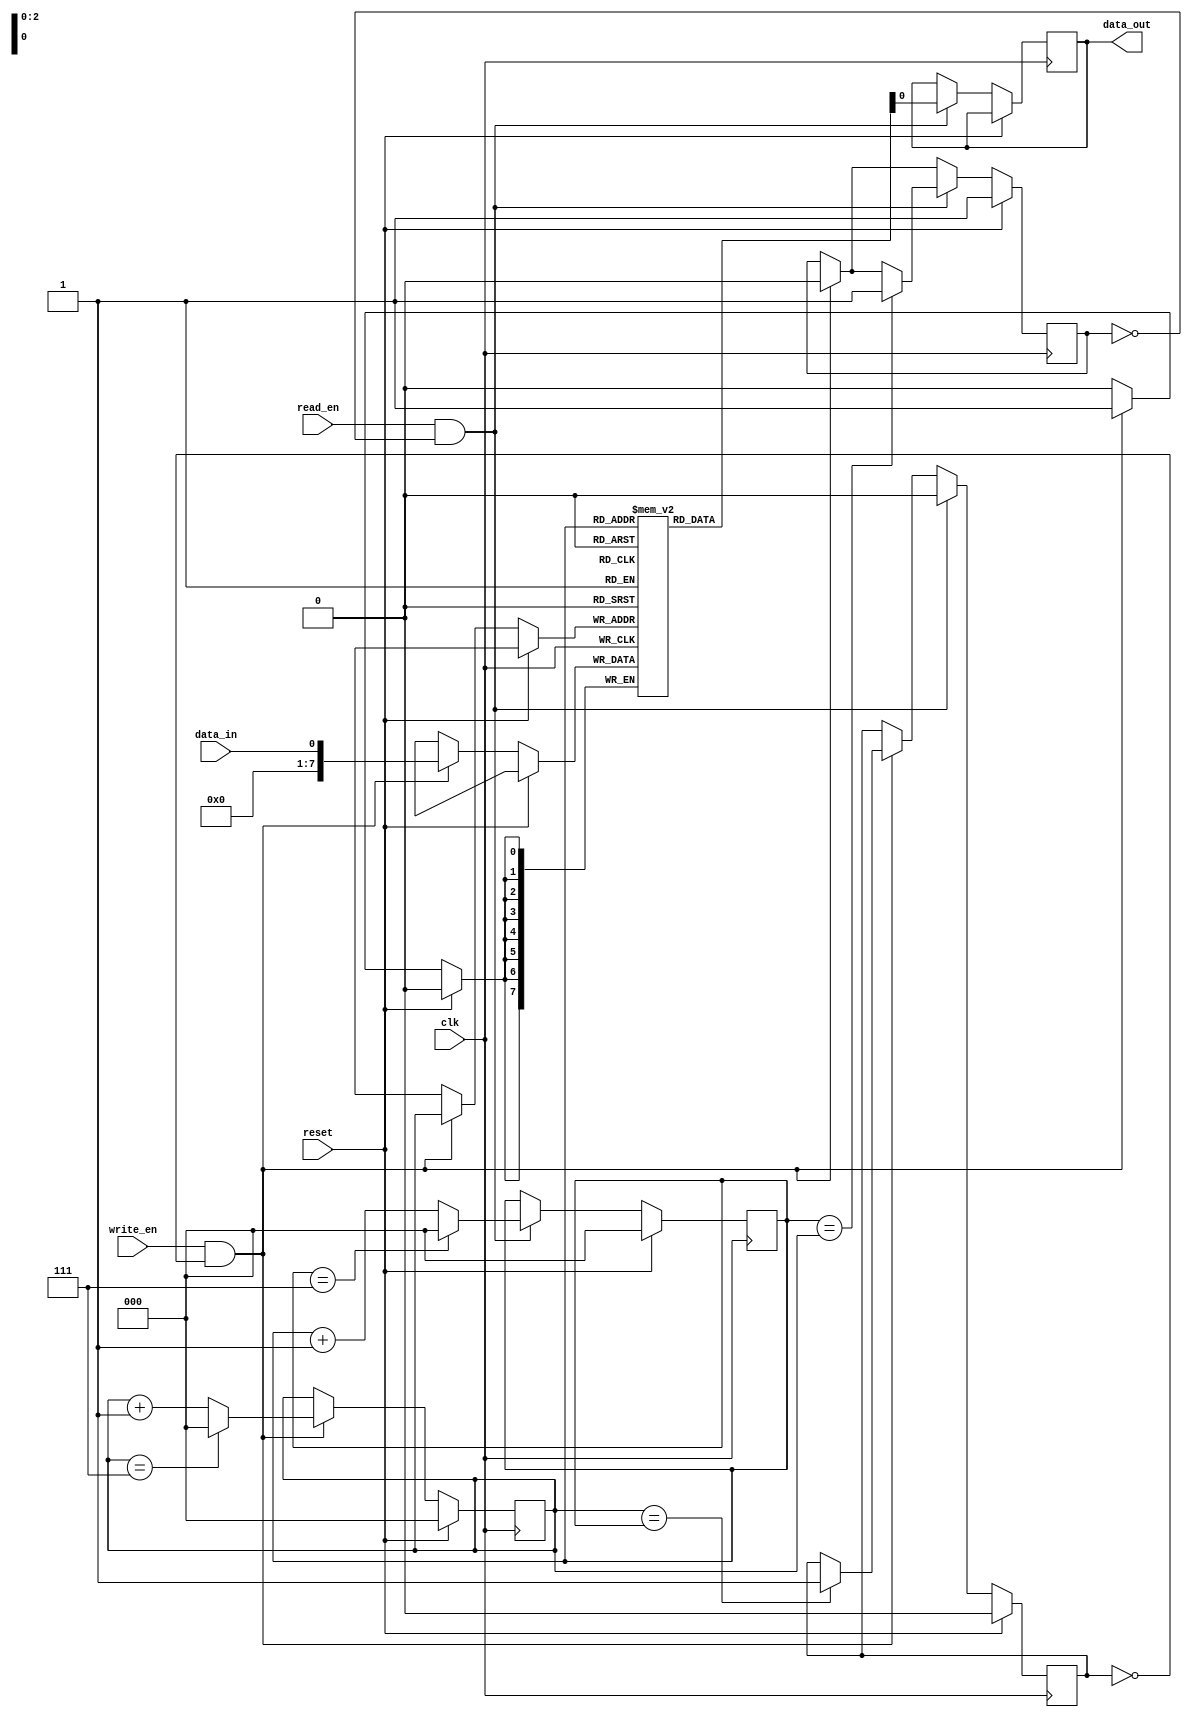
module Circular_FIFO (
    input clk,
    input reset,
    input write_en,
    input read_en,
    input data_in,
    output reg data_out
);

parameter SIZE = 8; // Size of circular buffer
reg [7:0] buffer [0:SIZE-1];
reg [2:0] read_ptr = 0;
reg [2:0] write_ptr = 0;
reg empty = 1;
reg full = 0;

always @(posedge clk) begin
    if (reset) begin
        read_ptr <= 0;
        write_ptr <= 0;
        empty <= 1;
        full <= 0;
    end else begin
        if (write_en && !full) begin
            buffer[write_ptr] <= data_in;
            write_ptr <= write_ptr + 1;
            if (write_ptr == SIZE-1)
                write_ptr <= 0;
            empty <= 0;
            if (write_ptr == read_ptr)
                full <= 1;
        end
        if (read_en && !empty) begin
            data_out <= buffer[read_ptr];
            read_ptr <= read_ptr + 1;
            if (read_ptr == SIZE-1)
                read_ptr <= 0;
            full <= 0;
            if (read_ptr == write_ptr)
                empty <= 1;
        end
    end
end

endmodule